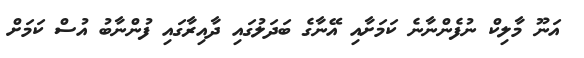
އަނޫ މާލިކް ނުފެންނާނެ ކަމަށާއި އޭނާގެ ބަދަލުގައި ދާއިރާގައި ފުންނާބު އުސް ކަމަށް